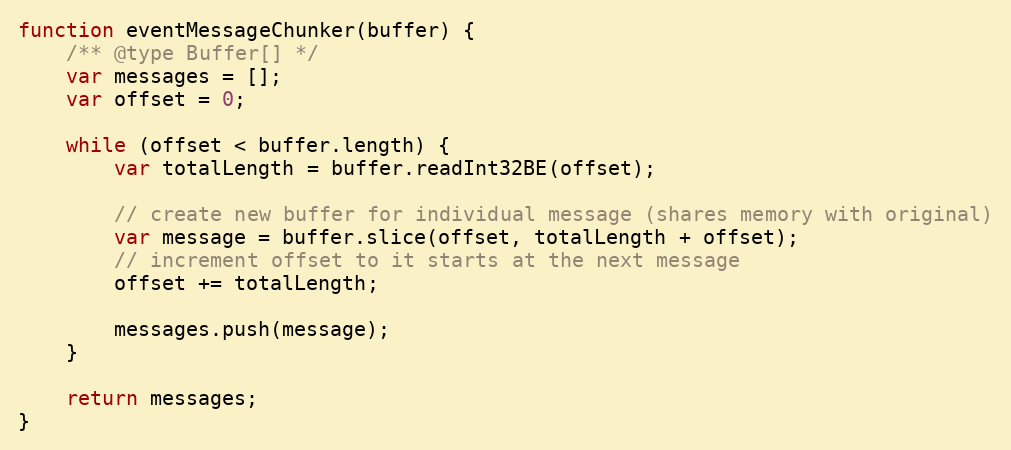
Language: JavaScript
function eventMessageChunker(buffer) {
    /** @type Buffer[] */
    var messages = [];
    var offset = 0;

    while (offset < buffer.length) {
        var totalLength = buffer.readInt32BE(offset);

        // create new buffer for individual message (shares memory with original)
        var message = buffer.slice(offset, totalLength + offset);
        // increment offset to it starts at the next message
        offset += totalLength;

        messages.push(message);
    }

    return messages;
}